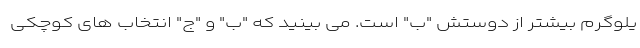
یلوگرم بیشتر از دوستش "ب" است. می بینید که "ب" و "ج" انتخاب های کوچکی